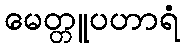
မေတ္တူပဟာရံ